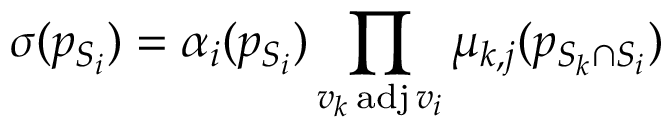
\sigma ( p _ { S _ { i } } ) = \alpha _ { i } ( p _ { S _ { i } } ) \prod _ { v _ { k } \operatorname { a d j } v _ { i } } \mu _ { k , j } ( p _ { S _ { k } \cap S _ { i } } )